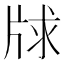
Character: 𤗂